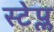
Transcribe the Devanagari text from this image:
स्टेप्ल